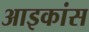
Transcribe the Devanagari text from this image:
आइकांस